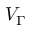
V _ { \Gamma }